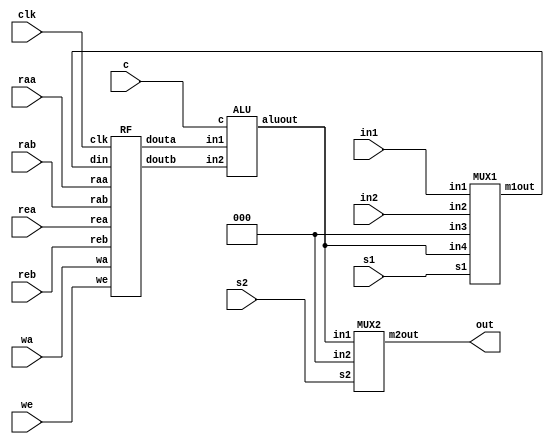
`timescale 1ns / 1ps
//////////////////////////////////////////////////////////////////////////////////
// Company: 
// Engineer: 
// 
// Design Name: 
// Module Name: data_path
// Project Name: 
// Target Devices: 
// Tool Versions: 
// Description: 
// 
// Dependencies: 
// 
// Revision:
// Revision 0.01 - File Created
// Additional Comments:
//	if (Op = 2'b11) //Add
//		R3 ? R1 + R2;
//	else if(Op = 2'b10) //Subtract
//		R3 ? R1 - R2;
//	else if(Op = 2'b01) //And
//		R3 ? R1 & R2;
//	else //Xor
//		R3 ? R1 ^ R2;
//////////////////////////////////////////////////////////////////////////////////


module DP(in1, in2, s1, clk, wa, we, raa, rea, rab, reb, c, s2, out);
	input [2:0] in1, in2;
	input [1:0] s1, wa, raa, rab, c;
	input we, rea, reb, s2, clk;
	output [2:0] out;
	wire [2:0] mux1out;
	wire [2:0] douta;
	wire [2:0] doutb;
	wire [2:0] aluout;
	
	// instantiate the building blocks
	MUX1 U0(.in1(in1), .in2(in2), .in3(3'b000), .in4(aluout), .s1(s1),
	.m1out(mux1out));
	RF U1(.clk(clk), .rea(rea), .reb(reb), .raa(raa), .rab(rab), .we(we), .wa(wa),
	.din(mux1out), .douta(douta), .doutb(doutb));
	ALU U2(.in1(douta), .in2(doutb), .c(c), .aluout(aluout));
	MUX2 U3(.in1(aluout), .in2(3'b000), .s2(s2), .m2out(out));
endmodule //DP

/* Source Code for the Building Blocks Used */
module MUX1(in1, in2, in3, in4, s1, m1out);
	input [2:0] in1, in2, in3, in4;
	input [1:0] s1;
	output reg [2:0] m1out;
	always @ (in1, in2, in3, in4, s1)
	begin
		case (s1)
			2'b11: m1out = in1;
			2'b10: m1out = in2;
			2'b01: m1out = in3;
			default: m1out = in4; // 2'b00
		endcase
	end
endmodule //MUX1

module RF(clk, rea, reb, raa, rab, we, wa, din, douta, doutb);
	input clk, rea, reb, we;
	input [1:0] raa, rab, wa;
	input [2:0] din;
	output reg [2:0] douta, doutb;
	reg [2:0] RegFile [3:0];
	always @(rea, reb, raa, rab)
	begin
		if (rea)
			douta = RegFile[raa];
		else douta = 3'b000;
		if (reb)
			doutb = RegFile[rab];
		else doutb = 3'b000;
	end
	always@(posedge clk)
	begin
		if (we)
			RegFile[wa] = din;
		else
			RegFile[wa] = RegFile[wa];
	end
endmodule //RF
	
module ALU (in1, in2, c, aluout);
	input [2:0] in1, in2;
	input [1:0] c;
	output reg [2:0] aluout;
	always @ (in1, in2, c)
	begin
		case (c)
			2'b00: aluout = in1 + in2;
			2'b01: aluout = in1 - in2;
			2'b10: aluout = in1 & in2;
		default: aluout = in1 ^ in2; // 2'b11;
		endcase
	end
endmodule //ALU
	
module MUX2 (in1, in2, s2, m2out);
	input [2:0] in1, in2;
	input s2;
	output reg [2:0] m2out;
	always @ (in1, in2, s2)
	begin
		if (s2)
			m2out = in1;
		else
			m2out = in2;
	end
endmodule //MUX2

//Attachment 3: Verilog Source Code for Utility Blocks Needed by FPGA Prototyping
module clk_gen(clk100MHz, rst, clk_4sec, clk_5KHz);
	input clk100MHz, rst;
	output clk_4sec, clk_5KHz;
	reg clk_4sec, clk_5KHz;
	integer count, count1;
	always@(posedge clk100MHz)
	begin
		if(rst)
		begin
			count = 0;
			count1 = 0;
			clk_4sec = 0;
			clk_5KHz =0;
		end
		else
		begin
			if(count == 200000000)
			begin
				clk_4sec = ~clk_4sec;
				count = 0;
			end
			if(count1 == 10000)
			begin
				clk_5KHz = ~clk_5KHz;
				count1 = 0;
			end
			count = count + 1;
			count1 = count1 + 1;
		end
	end
endmodule // end clk_gen

module bcd_to_7seg(BCD, s0, s1, s2, s3, s4, s5, s6);
	output s0, s1, s2, s3, s4, s5, s6;
	input [3:0] BCD;
	reg s0, s1, s2, s3, s4, s5, s6;
	always @ (BCD)
	begin // BCD to 7-segment decoding
		case (BCD) // s0 - s6 are active low
		4'b0000: begin s0=0; s1=0; s2=0; s3=1; s4=0; s5=0; s6=0; end
		4'b0001: begin s0=1; s1=0; s2=1; s3=1; s4=0; s5=1; s6=1; end
		4'b0010: begin s0=0; s1=1; s2=0; s3=0; s4=0; s5=1; s6=0; end
		4'b0011: begin s0=0; s1=0; s2=1; s3=0; s4=0; s5=1; s6=0; end
		4'b0100: begin s0=1; s1=0; s2=1; s3=0; s4=0; s5=0; s6=1; end
		4'b0101: begin s0=0; s1=0; s2=1; s3=0; s4=1; s5=0; s6=0; end
		4'b0110: begin s0=0; s1=0; s2=0; s3=0; s4=1; s5=0; s6=0; end
		4'b0111: begin s0=1; s1=0; s2=1; s3=1; s4=0; s5=1; s6=0; end
		4'b1000: begin s0=0; s1=0; s2=0; s3=0; s4=0; s5=0; s6=0; end
		4'b1001: begin s0=0; s1=0; s2=1; s3=0; s4=0; s5=0; s6=0; end
		default: begin s0=1; s1=1; s2=1; s3=1; s4=1; s5=1; s6=1; end
		endcase
	end
endmodule // end bcd_to_7seg

module led_mux (clk, rst, LED0, LED1, LED2, LED3, LEDOUT, LEDSEL);
	input clk, rst;
	input [7:0] LED0, LED1, LED2, LED3;
	output[3:0] LEDSEL;
	output[7:0] LEDOUT;
	reg [3:0] LEDSEL;
	reg [7:0] LEDOUT;
	reg [1:0] index;
	always @(posedge clk)
	begin
		if(rst)
			index = 0;
		else
			index = index + 2'd1;
	end
	always @(index,LED0,LED1,LED2,LED3)
	begin
		case(index)
			0: begin
				LEDSEL = 4'b1110;
				LEDOUT = LED0;
			end
			1: begin
				LEDSEL = 4'b1101;
				LEDOUT = LED1;
			end
			2: begin
				LEDSEL = 4'b1011;
				LEDOUT = LED2;
			end
			3: begin
				LEDSEL = 4'b0111;
				LEDOUT = LED3;
			end
			default: begin
				LEDSEL = 0; LEDOUT = 0;
			end
		endcase
	end
endmodule // end led_mux

module button_debouncer #(parameter depth = 16) (
	input wire clk, /* 5 KHz clock */
	input wire button, /* Input button from constraints */
	output reg debounced_button);
	
	localparam history_max = (2**depth)-1;
	/* History of sampled input button */
	reg [depth-1:0] history;
	always @ (posedge clk)
	begin
		/* Move history back one sample and insert new sample */
		history <= { button, history[depth-1:1] };
		
		/* Assert debounced button if it has been in a consistent state
		throughout history */
		debounced_button <= (history == history_max) ? 1'b1 : 1'b0;
	end
endmodule